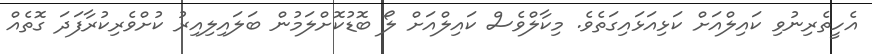
އެހީތެރިނުވި ކައިލްއަށް ކަޅިއަޅައިގަތެވެ. މިކާލްވެސް ކައިލްއަށް ލޯ ބޮޑުކޮށްލަމުން ބަލައިލިއިރު ކުށްވެރިކުރާފަދަ ގޮތެއް